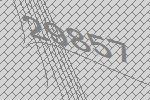
29857